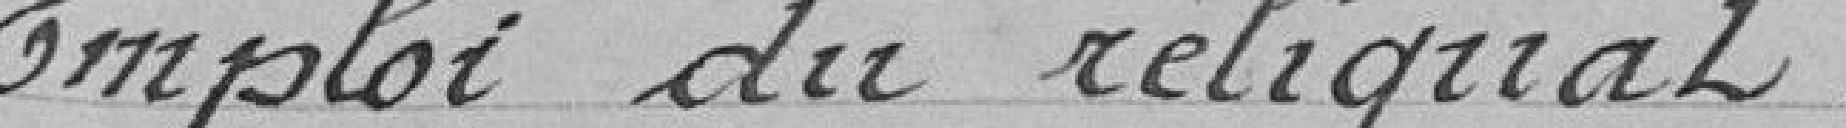
Emploi du reliquat.